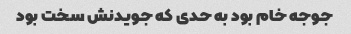
جوجه خام بود به حدی که جویدنش سخت بود